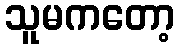
သူမကတော့